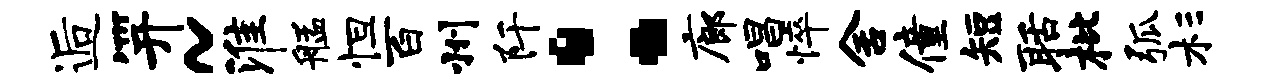
逅笄~淮艋怛百州阡：廊唱悴舍僮短聒枇弧杉